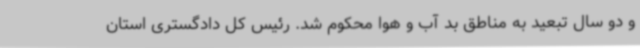
و دو سال تبعید به مناطق بد آب و هوا محکوم شد. رئیس کل دادگستری استان